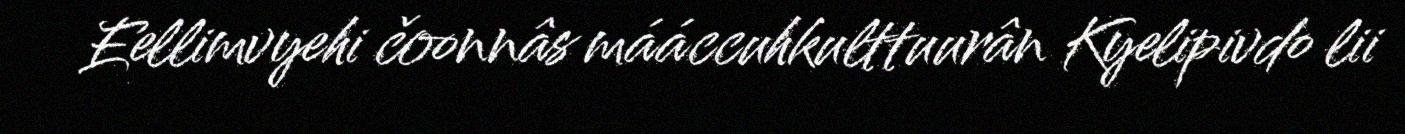
Eellimvyehi čoonnâs mááccuhkulttuurân Kyelipivdo lii